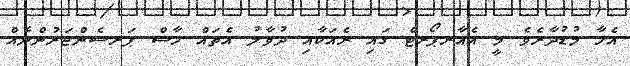
އެހާ މުޑުދާރެވެ މީ އެއާރޕޯރޓް ގައި ރެއަކާއި ދުވާލު އެތައް ހާސް ޕަރސެންޖަރުންނެއް